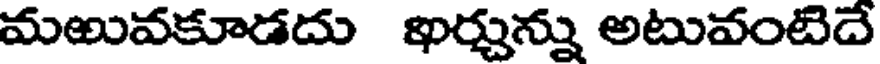
మఱువకూడదు ఖర్చున్ను అటువంటిదే